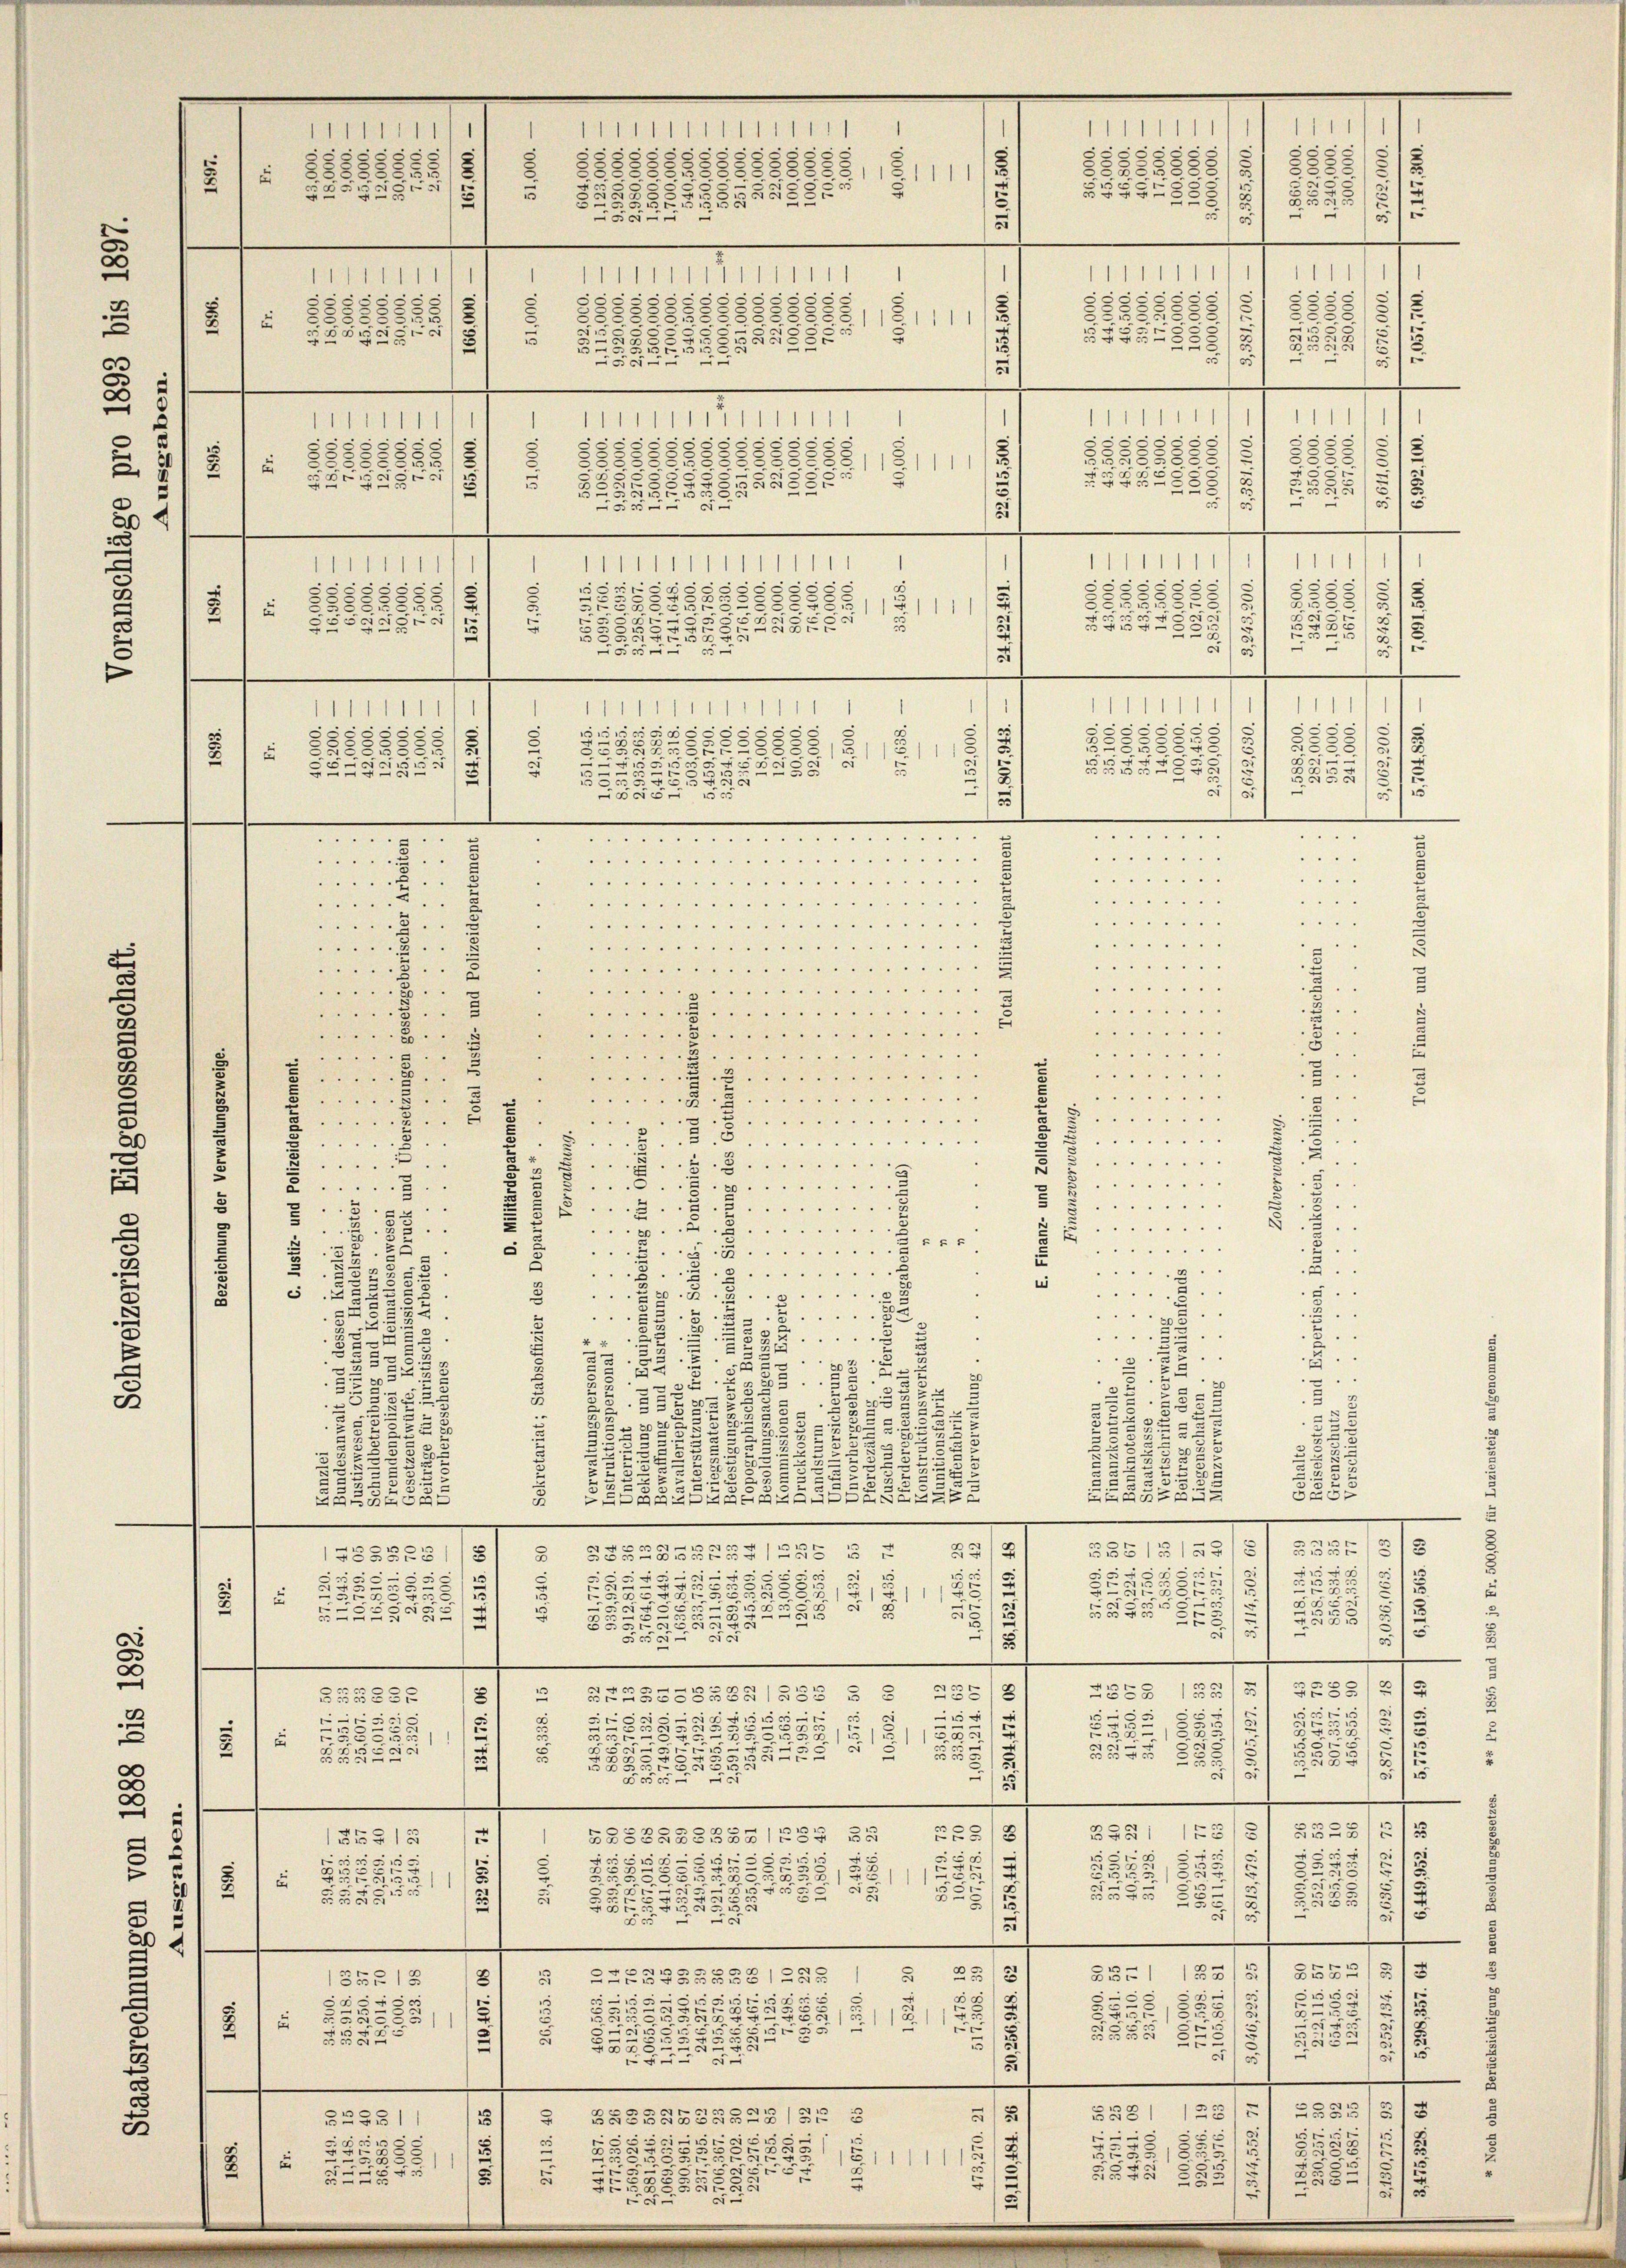
s
2
5.
3
.
.
u
e

1
1
1
IIIIIIIIIIIIII
l
.
3
.
u
u
2
58
5
248
G 1 Sessesse
355
f
8
5
1
2

5
5
3230
25
2
ZZSBASEEN 5
2
1
e

g
55
2
1
e
e
.
.
1111
1
d
5
2
§§85
s
.
18
1
¬

2
2
2
1
5
s
e
55
.
.
.
 . . . . . 5 f
 . .
.. . . . . . . . . . . . . . . . . . . . .

g
e
 . . .
 444
44
2
.
 . . . . . . .
.
 . . . . . . . . . . . . . .

  "   "

2
2
 . . . . . . .
 . . .
t . . . . . . . . . . . . . . . 1
5
" " " " " " "
 . . . . . . . . . . . . . . . .
2
.
8
 . . . . . . .
 . . . . . . .
d

8.
8
4 " " " " " "
.
 . . . . . . . . . . . . . . . . . .
.
.... 1
3.
.. . . . . . .
A
3
 . . . .
5
 . . . . . . .
E
2
.
5
5

 . . .
e

 . . . . . . .
2
.
2.
8.
 . .
.
s
 . . . . . .
.
" . . . . . . . . . . . . 4
..

.
.
.. . . . . . . . . . . .
2
.
.
.........
 . . . . . . . . . . . . .
S.2.3.

 . .
5

........
e

E
u
.
5
 . . . . . . .
i
.
8.
.........

.
 " " " " " " "
5
"
3.
22
.
5
¬
.
 . . . . . .
e
.
rre
 " " " " " "
e
"
.
.
2
u
u
2.
2
.
 . . .
.
.
u
5..
5
.
 . . .
2
x
B....
x
.
 . .

2.

.
3
 ...
.
4
x
22
5

1
1
2
i
.

5
5.
i

.

7
.
.
u
5
2
 225
2
22
52
u
u
25
.
3
253
2
2
2
25
23
2
525.
53.
2
8
3
A
GABGB
B
e
—
.
e
.
.
x

.
§§ 1312
E
3
22
52
BGBGB7/88.
2
3
5 xx
.
5
55
3
5
288.
u
2
55
323
225
1
5
2
G
0
e
u
§ 2
5
342
2
u
2
3
.

5
s
—
e

—
.
e
.
2
2
.
.
c
.
5
2358
428
535588/5SS § § 252
e
§ 555
2
“
.
.
s
e
5
2555. 5
e
5
u
285
e
5
25
e
.
i
e
5
0
c
e
e
Ge
s
e
.
—
—
n
0
e
15
255
3
25
5
BZSBBGBASSIESG 25
c
5
¬
)
Sur
1
15
5
e
885
8 / 558
3
22
.
i
u
.
F
25
35
2
.
5
0
55
2
s
.
.
.
.
e
n
4
e
3
0
23
2
Bur
 BREGESTRAS122S)
2
|
5
.
4
5
225489,
2955
.
2
223
12
1
555
555
55
u
2
12
5
e
50
g
5
und
e
e
.
—
5
3
e
1
c
2
35
53381
2335
s
BGBGBBGRASSE s
s
.
3
u
h
c6555
5
2
2
2
111115
S. 755.
u
.
u
5
2
1
e
e
5
5
u
3

5
53
2
555
.

c
¬

2
f
.
1
h
.
s
3
2
1
i
2
5
1 1885/8
111
2
5

§555458
5
8
.
.
0
.
1
1
1
11111111111111
)
5
s
5
5
55
3
2
2
u
118111
185.
2
5
 55
5
5
285552
5
28
Jur
.
e
.
—
.
111
i
.
3
cessesses
c
55.
2
5
§§888888
38
55
111
u
22 xx
225
u
SBasse
25
.
3
5

e
5

2
.
.
e
.
e

e

1
111
s
85
5
5
.

¬
 §§88555.
5

111
3
sess
d
.
d

IIIIIII
e
85
855
2
u
u
e
5
55
15
u
4

.